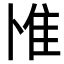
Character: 𨾇